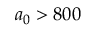
a _ { 0 } > 8 0 0